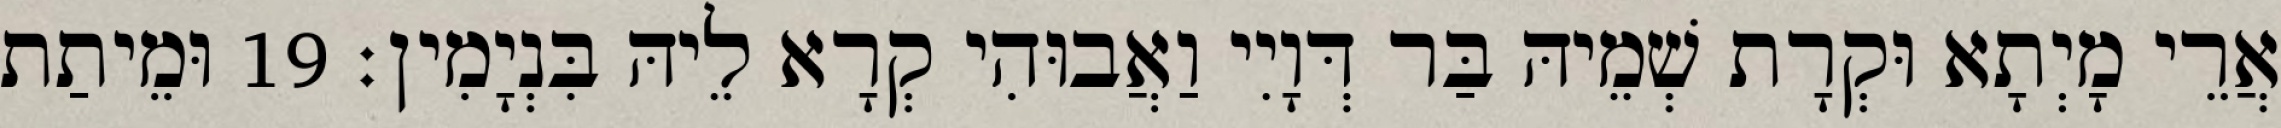
אֲרֵי מָיְתָא וּקְרָת שְׁמֵיהּ בַּר דְּוָיִי וַאֲבוּהִי קְרָא לֵיהּ בִּנְיָמִין׃ 19 וּמֵיתַת